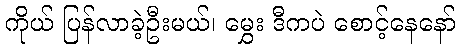
ကိုယ် ပြန်လာခဲ့ဦးမယ်၊ မွှေး ဒီကပဲ စောင့်နေနော်